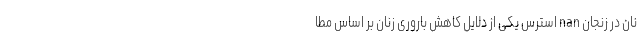
نان در زنجان nan استرس‌ یکی از دلایل کاهش باروری زنان بر اساس مطا